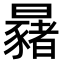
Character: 𣌂